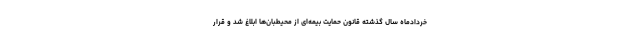
خردادماه سال گذشته قانون حمایت بیمه‌ای از محیطبان‌ها ابلاغ شد و قرار